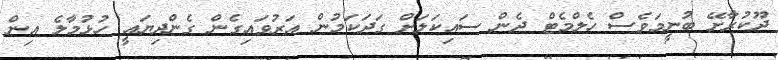
ދޫކުރާށޭ ބުނީމަވެސް ހެލްމެޓް ދެން ސައިކަލަށް ގަދަކަމުން އަރުވައިގެން ގެންދިޔައީ ހުޅުމާލެ އިން